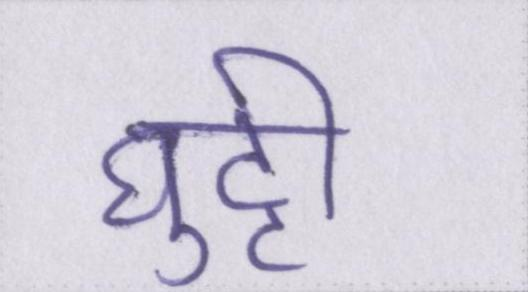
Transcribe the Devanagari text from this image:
घुट्टी